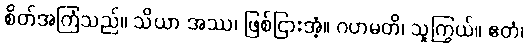
စိတ်အကြံသည်။ သိယာ အဿ၊ ဖြစ်ငြားအံ့။ ဂဟမတိ၊ သူကြွယ်။ ဧတံ၊